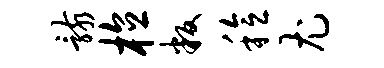
骸植叛稔尤